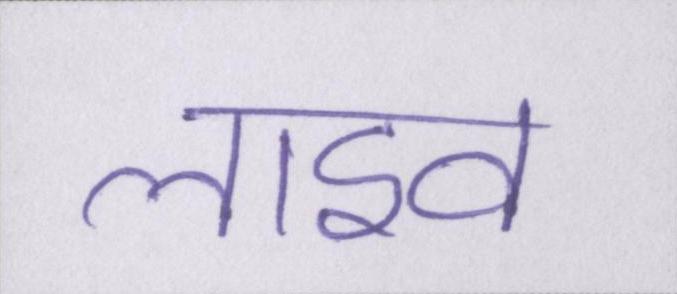
लाइव